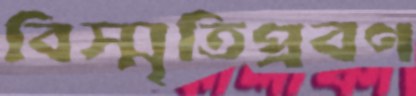
বিস্মৃতিপ্রবণ